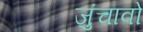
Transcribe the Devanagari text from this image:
जुंचावो